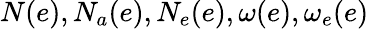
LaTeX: N(e),N_{a}(e),N_{e}(e),\omega(e),\omega_{e}(e)